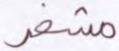
مشفر